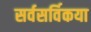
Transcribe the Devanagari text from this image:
सर्वसर्विकया